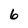
Character: 6